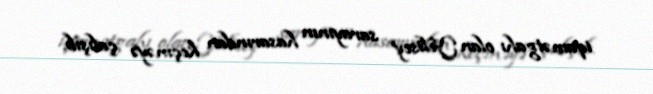
iqamətgahı olan Yelisey sarayının hasarından keçməyə çalışıb.